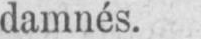
damnés.